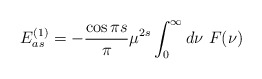
\begin{align*}E^{(1)}_{as}=-{\cos{\pi s}\over \pi} \mu^{2 s}\int^\infty_0 d\nu\ F(\nu)\end{align*}